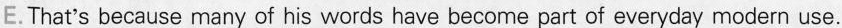
E.That's because many of his words have become part of everyday modern use.